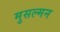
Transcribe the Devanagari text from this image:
मुसल्मन